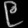
Digit: ၉